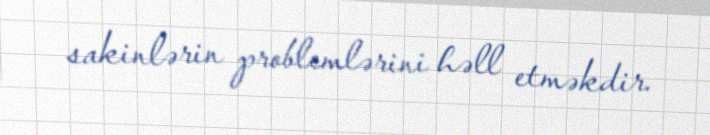
sakinlərin problemlərini həll etməkdir.